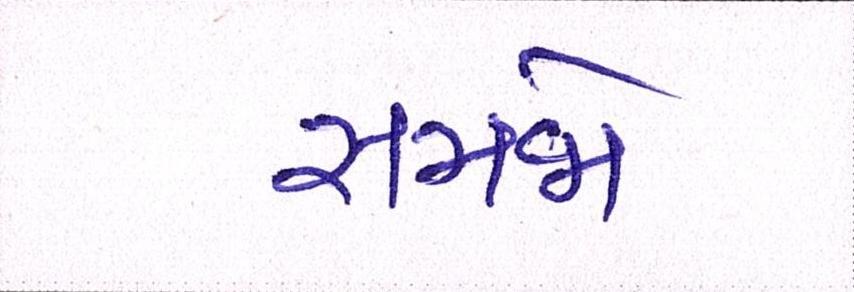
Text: સમજો